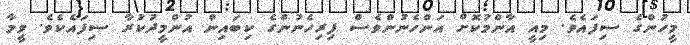
މީހުންގެ ސިފައެވެ. މިއީ އާންމުކޮށް އަންހެނުންވެސް ފިރިހެނުންގެ ކިބައިން އުންމީދުކުރާ ސިފައެކެވެ. ވީމާ